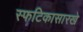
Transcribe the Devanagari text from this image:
स्फटिकासारखे